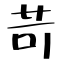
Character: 苛